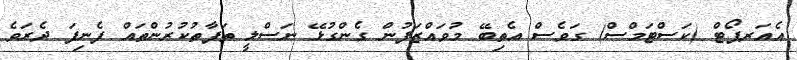
އެއަރޕޯޓް (ކަސްޓަމްސް) ގަވެސް އެތިބޭ މުވައްޒަފުން ގެންގުޅޭ ނަސްލީ ތަފާތުކުރުންތައް ފެނިފަ ދެރަވެ